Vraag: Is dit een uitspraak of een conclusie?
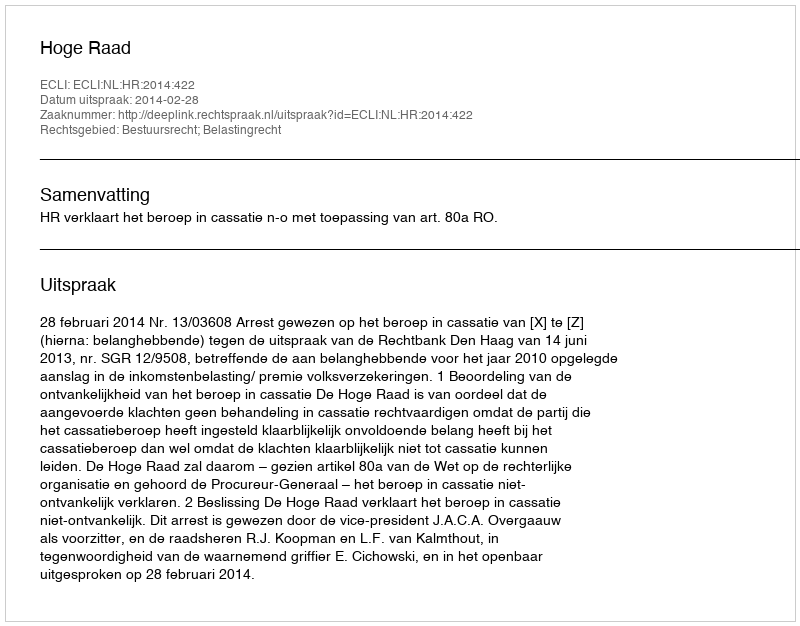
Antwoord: Uitspraak